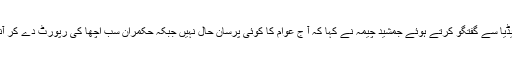
مقامی ہوٹل میں منعقدہ تقریب میں شرکت کے بعد میڈیا سے گفتگو کرتے ہوئے جمشید چیمہ نے کہا کہ آ ج عوام کا کوئی پرسان حال نہیں جبکہ حکمران سب اچھا کی رپورٹ دے کر آنکھوں میں دھول جھونکنے کی کوشش کر رہے ہیں۔